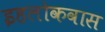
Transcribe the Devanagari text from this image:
इहलोकवास